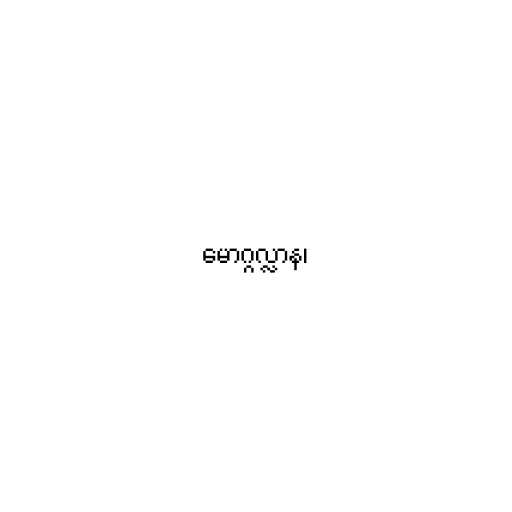
မောဂ္ဂလ္လာန၊